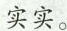
实实。